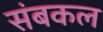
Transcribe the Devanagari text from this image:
संबकल